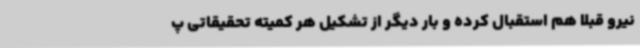
نیرو قبلا هم استقبال کرده و بار دیگر از تشکیل هر کمیته تحقیقاتی پ